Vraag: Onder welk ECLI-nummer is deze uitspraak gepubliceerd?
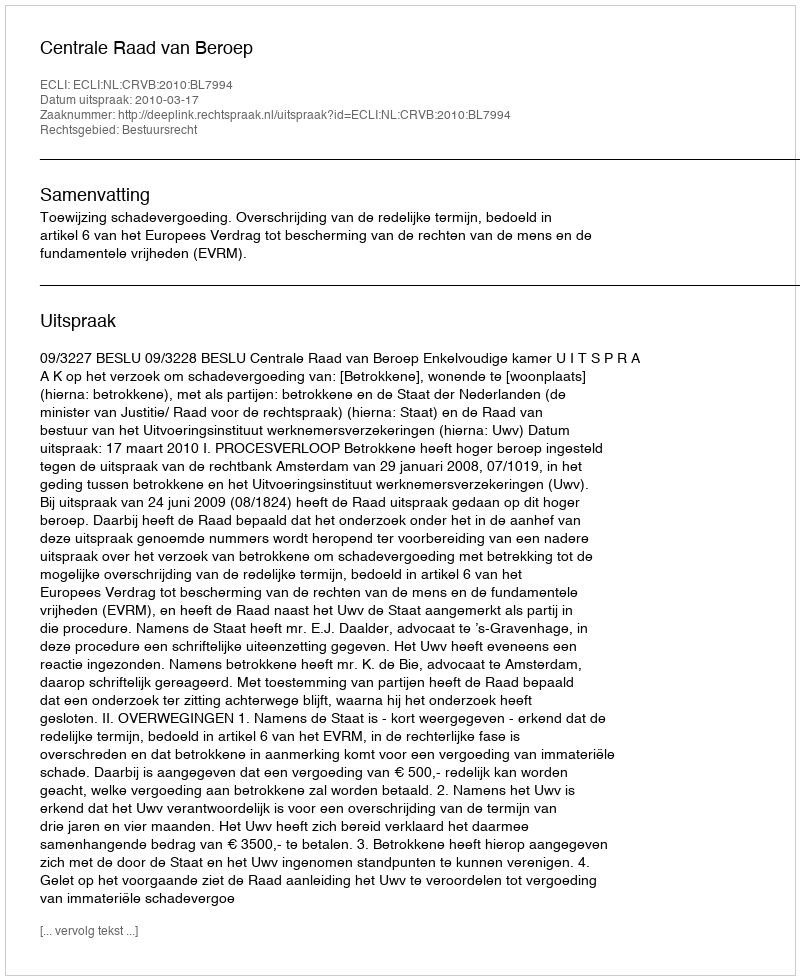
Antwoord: ECLI:NL:CRVB:2010:BL7994